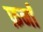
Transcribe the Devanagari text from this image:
फ़र्नां